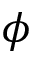
\phi